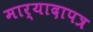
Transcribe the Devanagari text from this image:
मार्यादापत्र